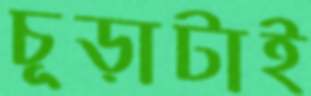
চূড়াটাই